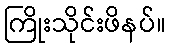
ကြိုးသိုင်းဖိနပ်။